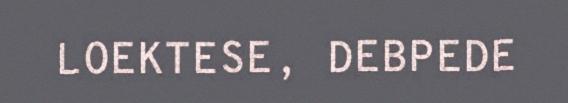
LOEKTESE, DEBPEDE